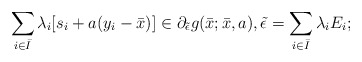
\begin{align*}\sum\limits_{i\in \bar{I}}\lambda_i [s_i+a(y_i-\bar{x})]\in\partial_{\tilde{\epsilon}}g(\bar{x};\bar{x},a),\tilde{\epsilon}=\sum\limits_{i\in \bar{I}}\lambda_iE_i;\end{align*}